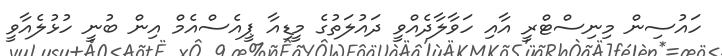
ހައުސިން މިނިސްޓްރީ އާއި ހަވާލާދެއްވީ ދައުލަތުގެ މީޑިއާ ޕީއެސްއެމް އިން ބުނީ ހުޅުލެއާވީ